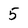
Character: 5